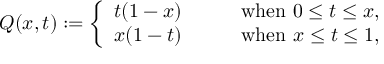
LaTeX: Q ( x , t ) : = \left\{ \begin{array} { l l } { { t ( 1 - x ) } } & { { \qquad \mathrm { w h e n ~ } 0 \le t \le x , } } \\ { { x ( 1 - t ) } } & { { \qquad \mathrm { w h e n ~ } x \le t \le 1 , } } \end{array} \right.